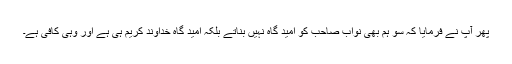
پھر آپؑ نے فرمایا کہ سو ہم بھی نواب صاحب کو امید گاہ نہیں بناتے بلکہ امید گاہ خداوند کریم ہی ہے اور وہی کافی ہے۔